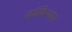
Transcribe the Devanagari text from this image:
पर्णविन्यास